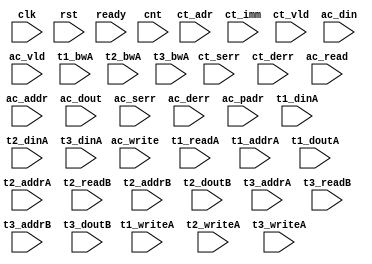
/*
 * Copyright (C) 2011 Memoir Systems Inc. These coded instructions, statements, and computer programs are
 * Confidential Proprietary Information of Memoir Systems Inc. and may not be disclosed to third parties
 * or copied in any form, in whole or in part, without the prior written consent of Memoir Systems Inc.
 * 
 * Generated File by Ipgen. Version: 3.3.4981M Date: Wed 2012.11.21 at 03:05:28 PM IST
 * */

module algo_4cor1a_c42_sva_wrap
#(parameter IP_WIDTH = 32, parameter IP_BITWIDTH = 5, parameter IP_NUMADDR = 8192, parameter IP_BITADDR = 13, parameter IP_NUMVBNK = 8, parameter IP_BITVBNK = 4,
parameter IP_SECCBITS = 5, parameter IP_SECCDWIDTH = 5, parameter FLOPIN = 0, parameter FLOPOUT = 0, parameter FLOPMEM = 0, parameter IP_BITPBNK = 6,
parameter IP_ENAECC =1, parameter IP_ENAPAR = 0, parameter FLOPECC = 0, parameter FLOPCMD = 0, parameter IP_DECCBITS = 7,
parameter T1_WIDTH = 32, parameter T1_NUMVBNK = 32, parameter T1_BITVBNK = 5, parameter T1_DELAY = 1, parameter T1_NUMVROW = 512, parameter T1_BITVROW = 9,
parameter T1_BITWSPF = 0, parameter T1_NUMWRDS = 2, parameter T1_BITWRDS = 1, parameter T1_NUMSROW = 256, parameter T1_BITSROW = 8, parameter T1_PHYWDTH = 64,
parameter T2_WIDTH = 32, parameter T2_NUMVBNK = 4, parameter T2_BITVBNK = 2, parameter T2_DELAY = 1, parameter T2_NUMVROW = 512, parameter T2_BITVROW = 9,
parameter T2_BITWSPF = 0, parameter T2_NUMWRDS = 1, parameter T2_BITWRDS = 1, parameter T2_NUMSROW = 512, parameter T2_BITSROW = 9, parameter T2_PHYWDTH = 32,
parameter T3_WIDTH = 15, parameter T3_NUMVBNK = 4, parameter T3_BITVBNK = 2, parameter T3_DELAY = 1, parameter T3_NUMVROW = 512, parameter T3_BITVROW = 9,
parameter T3_BITWSPF = 0, parameter T3_NUMWRDS = 1, parameter T3_BITWRDS = 1, parameter T3_NUMSROW = 512, parameter T3_BITSROW = 9, parameter T3_PHYWDTH = 15)
(clk, rst, ready, cnt,
ct_adr,
ct_imm,
ct_vld,
ct_serr,
ct_derr,
ac_read,
ac_write,
ac_addr,
ac_din,
ac_dout,
ac_vld,
ac_serr,
ac_derr,
ac_padr,
t1_readA,
t1_writeA,
t1_addrA,
t1_bwA,
t1_dinA,
t1_doutA,
t2_writeA,
t2_addrA,
t2_dinA,
t2_bwA,
t2_readB,
t2_addrB,
t2_doutB,
t3_writeA,
t3_addrA,
t3_dinA,
t3_bwA,
t3_readB,
t3_addrB,
t3_doutB);

parameter WIDTH   = IP_WIDTH;
parameter BITWDTH = IP_BITWIDTH;
parameter ENAPAR  = 0;
parameter ENAECC = 1;
parameter ECCWDTH = IP_DECCBITS;
parameter NUMADDR = IP_NUMADDR;
parameter BITADDR = IP_BITADDR;
parameter NUMCTPT = 4;
parameter BITCTPT = 2;
parameter BITPBNK = IP_BITPBNK;
parameter BITVBNK = IP_BITVBNK;
parameter NUMVBNK = IP_NUMVBNK;
parameter NUMWRDS = T1_NUMWRDS;      // ALIGN Parameters
parameter BITWRDS = T1_BITWRDS;
parameter NUMSROW = T1_NUMSROW;
parameter BITSROW = T1_BITSROW;
parameter BITVROW = T1_BITVROW;
parameter NUMVROW = T1_NUMVROW;
parameter MEMWDTH = ENAPAR ? WIDTH+1 : ENAECC ? WIDTH+ECCWDTH : WIDTH;
parameter PHYWDTH = T1_PHYWDTH;
parameter ECCBITS = IP_SECCBITS;
parameter SRAM_DELAY = T1_DELAY;
parameter BITPADR2 = BITPBNK+BITSROW+BITWRDS;
parameter BITPADR1 = BITCTPT+BITPADR2+1;
parameter SDOUT_WIDTH = 2*(BITVBNK+1)+ECCBITS;

input [NUMCTPT-1:0]                  cnt;
input [NUMCTPT*BITADDR-1:0]          ct_adr;
input [NUMCTPT*WIDTH-1:0]            ct_imm;
input [NUMCTPT-1:0]                 ct_vld;
input [NUMCTPT-1:0]                 ct_serr;
input [NUMCTPT-1:0]                 ct_derr;
input                                ac_read;
input                                ac_write;
input [BITADDR-1:0]                  ac_addr;
input [WIDTH-1:0]                    ac_din;
input                               ac_vld;
input [WIDTH-1:0]                   ac_dout;
input                               ac_serr;
input                               ac_derr;
input [BITPADR1-1:0]                 ac_padr;
input                               ready;
input                                clk, rst;

input [NUMCTPT*NUMVBNK-1:0] t1_writeA;
input [NUMCTPT*NUMVBNK-1:0] t1_readA;
input [NUMCTPT*NUMVBNK*BITSROW-1:0] t1_addrA;
input [NUMCTPT*NUMVBNK*PHYWDTH-1:0] t1_bwA;
input [NUMCTPT*NUMVBNK*PHYWDTH-1:0] t1_dinA;
input [NUMCTPT*NUMVBNK*PHYWDTH-1:0] t1_doutA;

input [NUMCTPT-1:0] t2_writeA;
input [NUMCTPT*BITVROW-1:0] t2_addrA;
input [NUMCTPT*MEMWDTH-1:0] t2_dinA;
input [T2_NUMVBNK*MEMWDTH-1:0] t2_bwA;
input [NUMCTPT-1:0] t2_readB;
input [NUMCTPT*BITVROW-1:0] t2_addrB;
input [NUMCTPT*MEMWDTH-1:0] t2_doutB;

input [NUMCTPT-1:0] t3_writeA;
input [NUMCTPT*SDOUT_WIDTH-1:0] t3_dinA;
input [T3_NUMVBNK*SDOUT_WIDTH-1:0] t3_bwA;
input [NUMCTPT*BITVROW-1:0] t3_addrA;
input [T3_NUMVBNK-1:0] t3_readB;
input [T3_NUMVBNK*BITVROW-1:0] t3_addrB;
input  [T3_NUMVBNK*SDOUT_WIDTH-1:0] t3_doutB;

endmodule